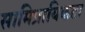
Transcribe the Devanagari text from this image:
सामिप्रायिकता